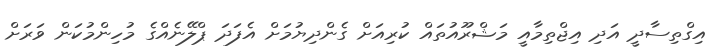
އިގްތިސާދީ އަދި އިޖްތިމާއީ މަޝްރޫއުތައް ކުރިއަށް ގެންދިޔުމަށް އެފަދަ ޕްލޭނެއްގެ މުހިންމުކަން ވަރަށް